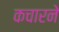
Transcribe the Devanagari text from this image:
कचारने